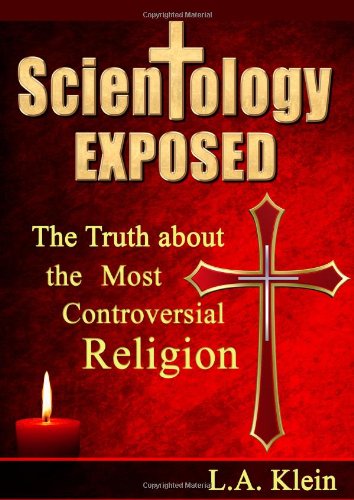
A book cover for Scientology Exposed: The Truth About the World's Most Controversial Religion; L A Klein; Religion & Spirituality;